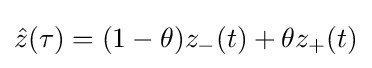
{\hat {z}}(\tau )=(1-\theta )z_{-}(t)+\theta z_{+}(t)